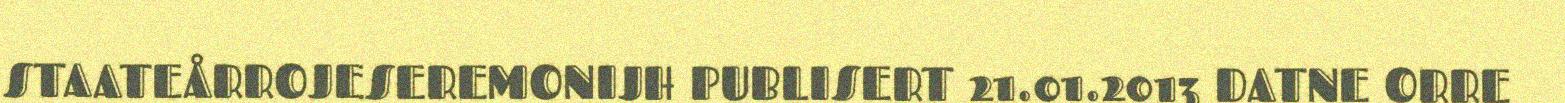
STAATEÅRROJESEREMONIJH PUBLISERT 21.01.2013 DATNE ORRE